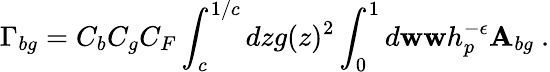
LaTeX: \Gamma_{bg}=C_{b}C_{g}C_{F}\int_{c}^{1/c}dzg(z)^{2}\int_{0}^{1}d\mathbf{w}\mathbf{w}h_{p}^{-\epsilon}\mathbf{A}_{bg}~.